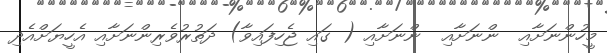
މީހުންނަށާއި  ންނަށާއި  ންނަށާއި ( ގައި ޖެހިިފައިވާ) ދަތުރުވެރިންނަށާއި އެހީޔަށްއެދި